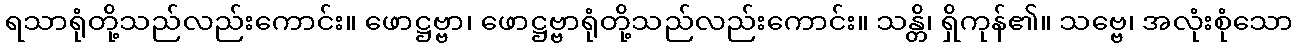
ရသာရုံတို့သည်လည်းကောင်း။ ဖောဋ္ဌဗ္ဗာ၊ ဖောဋ္ဌဗ္ဗာရုံတို့သည်လည်းကောင်း။ သန္တိ၊ ရှိကုန်၏။ သဗ္ဗေ၊ အလုံးစုံသော